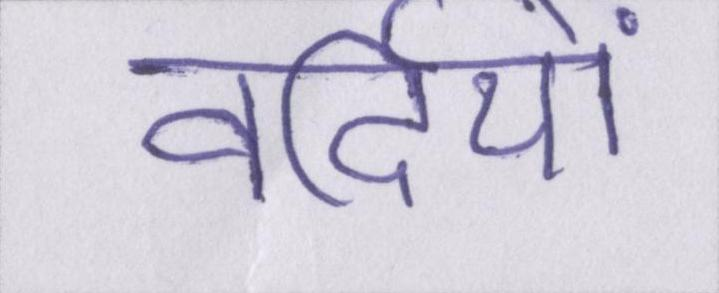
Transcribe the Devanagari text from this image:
वर्दियों